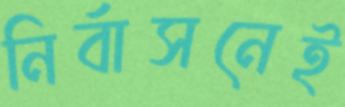
নির্বাসনেই